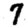
Digit: 7